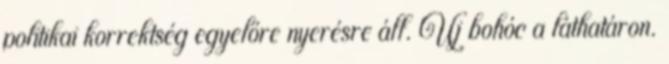
politikai korrektség egyelőre nyerésre áll. Új bohóc a láthatáron.